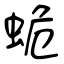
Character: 蛫